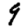
Digit: 9